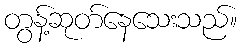
တွန့်ဆုတ်နေသေးသည်။